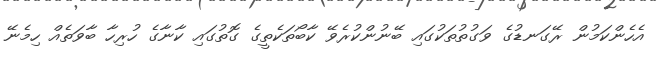
އެހެންކަމުން ރޭގަނޑުގެ ވަގުތުތަކުގައި ބޭނުންކުރެވޭ ކާބޯތަކެތީގެ ގޮތުގައި ކާނާގެ ހުރިހާ ބާވަތެއް ހިމެނޭ